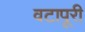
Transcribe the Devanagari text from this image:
वटापूरी